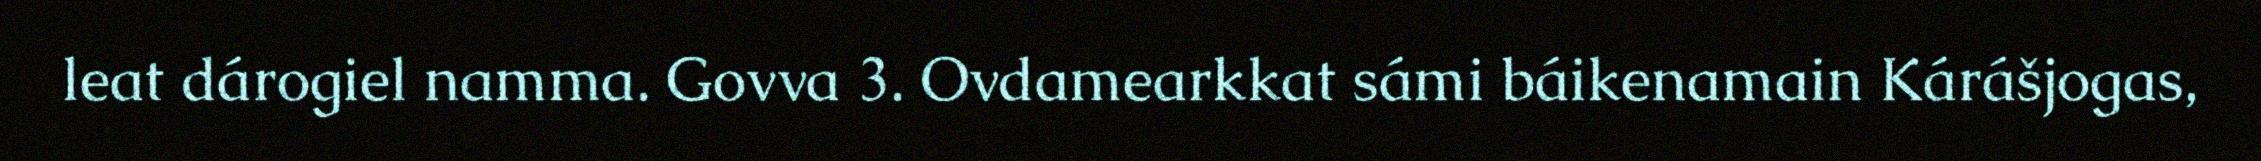
leat dárogiel namma. Govva 3. Ovdamearkkat sámi báikenamain Kárášjogas,